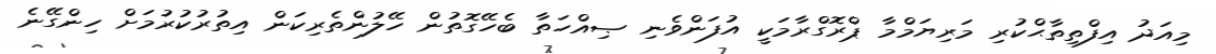
މިއަދު އިފްތިތާޙްކުރި މަރިޔަމްމާ ޕްރޮގްރާމަކީ އުފަންވެނި ޞިއްހަތާ ބެހޭގޮތުން ހޭލުންތެރިކަން އިތުރުކުރުމަށް ހިންގޭނެ